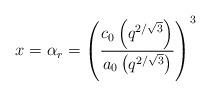
LaTeX: \begin{align*}x=\alpha_{r}=\left(\frac{c_0\left(q^{2/\sqrt{3}}\right)}{a_0\left(q^{2/\sqrt{3}}\right)}\right)^3\end{align*}